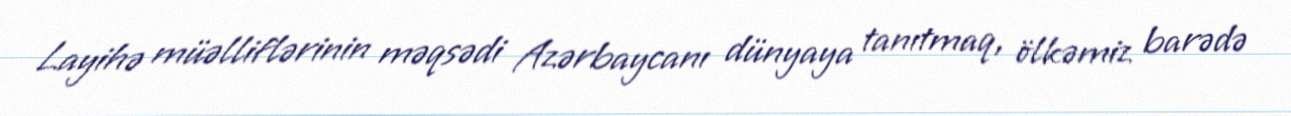
Layihə müəlliflərinin məqsədi Azərbaycanı dünyaya tanıtmaq, ölkəmiz barədə